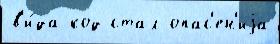
в'и́да код стал опас'ен'иjа